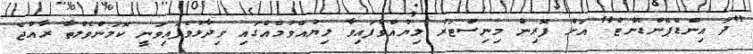
"ދަ އިންޑެޕެންޑެންޓް" އަށް ފޮރިން މިނިސްޓަރު ލިޔުއްވާފައިވާ ލިޔުއްވުމެއްގައި ވިދާޅުވެފައިވަނީ ކޮމަންވެލްތާ ރާއްޖެ